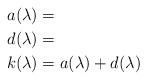
LaTeX: \begin{align*} a(\lambda) & = \\ d(\lambda) & = \\ k(\lambda) & = a(\lambda) + d(\lambda) \end{align*}